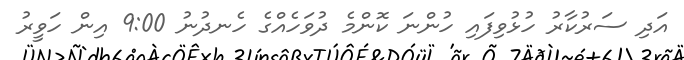
އަދި ސަރުކާރު ހުޅުވިފައި ހުންނަ ކޮންމެ ދުވަހެއްގެ ހެނދުނު 9:00 އިން ހަވީރު